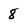
Character: 8